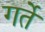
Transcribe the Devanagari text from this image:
गर्ते